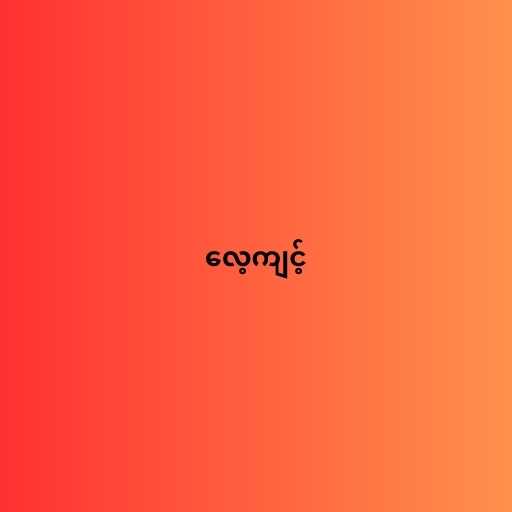
လေ့ကျင့်